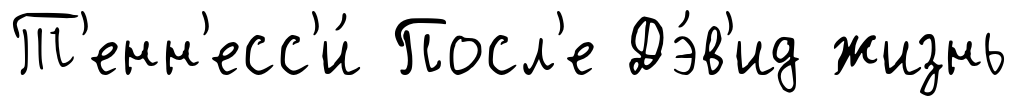
Т'енн'есс'и́ Посл'е Дэ́в'ид жизнь